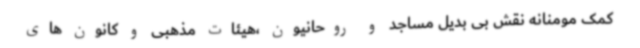
کمک مومنانه نقش بی بدیل مساجد و روحانیون ،هیئات مذهبی و کانون های